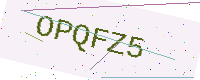
Text: OPQFZ5